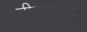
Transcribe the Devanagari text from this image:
तीरन्दाजी